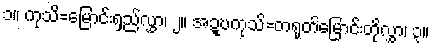
၁။ ကုသိ=မြောင်းရှည်လွှာ၊ ၂။ အဍ္ဎကုသိ=တရုတ်မြောင်းတိုလွှာ၊ ၃။